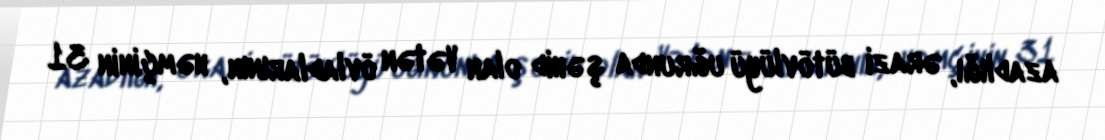
azadlığı, ərazi bütövlüyü uğrunda şəhid olan Vətən övladlarının, həmçinin 31